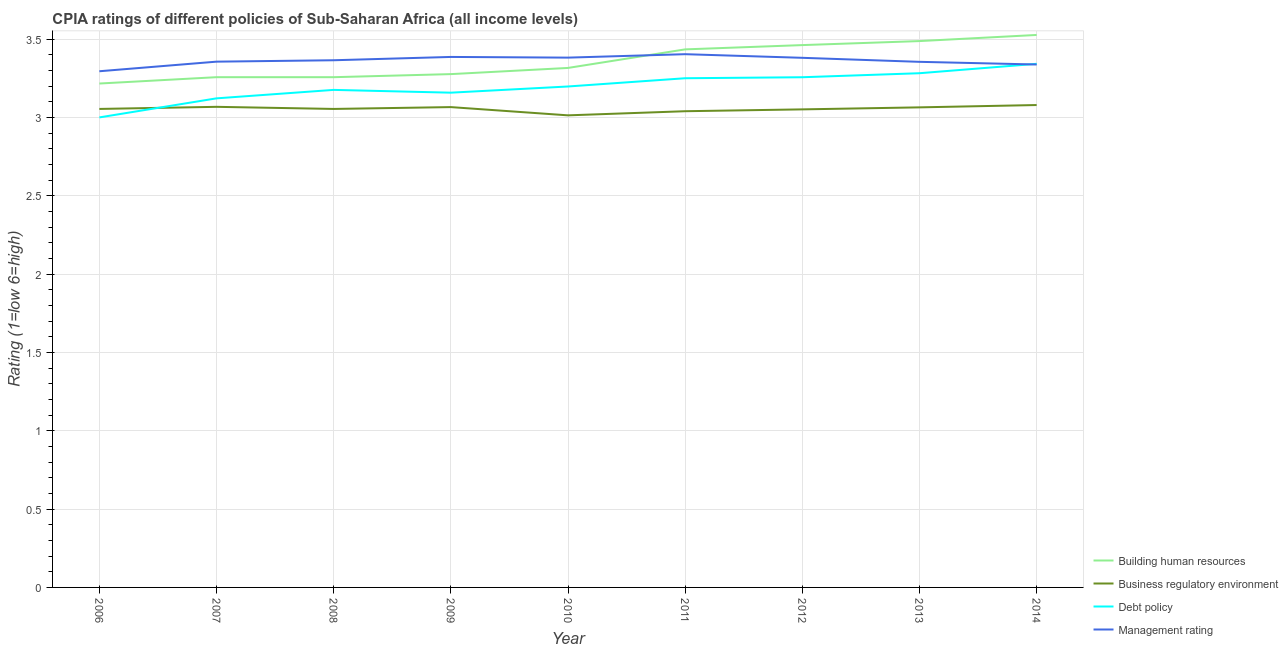
| Year | Building human resources | Business regulatory environment | Debt policy | Management rating |
 | --- | --- | --- | --- | --- |
 | 2006 | 3.22 | 3.05 | 3 | 3.29 |
 | 2007 | 3.26 | 3.07 | 3.12 | 3.36 |
 | 2008 | 3.26 | 3.05 | 3.18 | 3.36 |
 | 2009 | 3.28 | 3.07 | 3.16 | 3.39 |
 | 2010 | 3.32 | 3.01 | 3.2 | 3.38 |
 | 2011 | 3.43 | 3.04 | 3.25 | 3.4 |
 | 2012 | 3.46 | 3.05 | 3.26 | 3.38 |
 | 2013 | 3.49 | 3.06 | 3.28 | 3.35 |
 | 2014 | 3.53 | 3.08 | 3.34 | 3.34 |